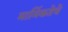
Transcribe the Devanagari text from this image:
मार्मिकतेचे